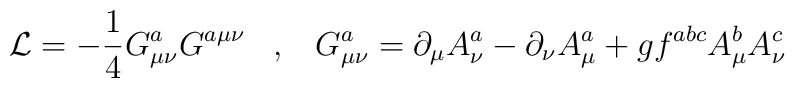
{\cal L} = - \frac{1}{4}G^a_{\mu\nu}G^{a\mu\nu} \;\;\;,\;\;\;G^a_{\mu\nu} = \partial_{\mu}A^a_{\nu} - \partial_{\nu}A^a_{\mu}     + gf^{abc}A^b_{\mu}A^c_{\nu}